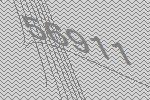
56911